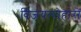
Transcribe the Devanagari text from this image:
विजयत्योहारों